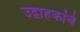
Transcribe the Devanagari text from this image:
उद्वाहकांचे